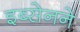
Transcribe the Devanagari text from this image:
इब्सेनने